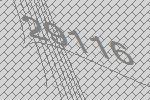
29116